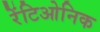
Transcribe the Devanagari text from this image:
रेंटिओनिक